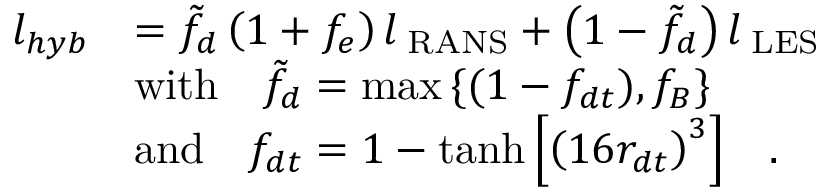
\begin{array} { r l } { l _ { h y b } } & { = \tilde { f } _ { d } \left( { 1 + f _ { e } } \right) l _ { \mathrm { \tiny ~ R A N S } } + \left( { 1 - \tilde { f } _ { d } } \right) l _ { \mathrm { \tiny ~ L E S } } } \\ & { \mathrm { w i t h } \ \ \ \tilde { f } _ { d } = \operatorname* { m a x } { \{ ( 1 - f _ { d t } ) , f _ { B } \} } } \\ & { \mathrm { a n d } \ \ \ f _ { d t } = 1 - \operatorname { t a n h } { \left[ { \left( 1 6 r _ { d t } \right) } ^ { 3 } \right] } \ \ \ . } \end{array}